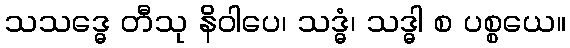
သသဒ္ဓေ တီသု နိဝါပေ၊ သဒ္ဓံ၊ သဒ္ဓါ စ ပစ္စယေ။